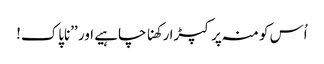
اُس کو منہ پر کپڑا رکھنا چاہیے اور ’’ناپاک!